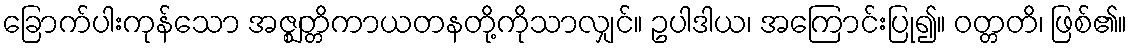
ခြောက်ပါးကုန်သော အဇ္ဈတ္တိကာယတနတို့ကိုသာလျှင်။ ဥပါဒါယ၊ အကြောင်းပြု၍။ ဝတ္တတိ၊ ဖြစ်၏။